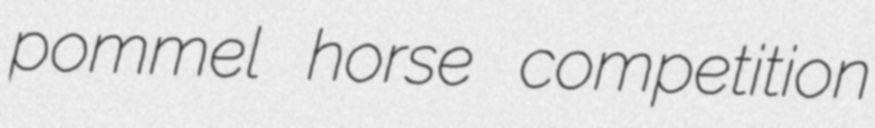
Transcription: pommel horse competition